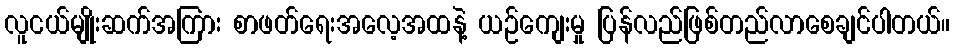
လူငယ်မျိုးဆက်အကြား စာဖတ်ရေးအလေ့အထနဲ့ ယဉ်ကျေးမှု ပြန်လည်ဖြစ်တည်လာစေချင်ပါတယ်။